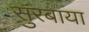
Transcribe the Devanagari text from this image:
सुरबाया